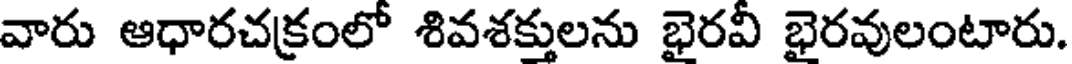
వారు ఆధారచక్రంలో శివశక్తులను భైరవి భైరవులంటారు.